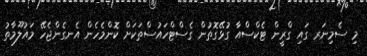
މި ސެމިނަރ ގައި ގްރީން ޓެކްސްއާ ގުޅޭގޮތުން ގެސްޓްހައުސްތަކަށް ކޮންމެހެން އެނގެންޖެހޭ މައުލޫމާތު